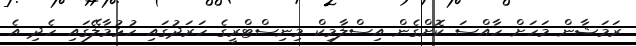
ރަމަޝާން މަހަށް ހާއްސަ ކޮށްގެން އިސްލާމިކް މިނިސްޓްރީގެ ހަރަދުގައި ހުޅުމާލޭގައި ހެދި އެ